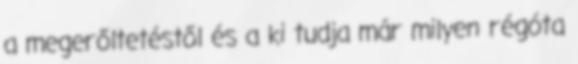
a megerőltetéstől és a ki tudja már milyen régóta